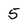
Character: 5